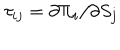
LaTeX: \tau _ { i j } = \partial \Pi _ { i } / \partial S _ { j }